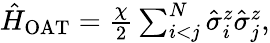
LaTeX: \begin{array}{r}{\hat{H}_{\mathrm{{OAT}}}=\frac{\chi}{2}\sum_{i<j}^{N}\hat{\sigma}_{i}^{z}\hat{\sigma}_{j}^{z},}\end{array}